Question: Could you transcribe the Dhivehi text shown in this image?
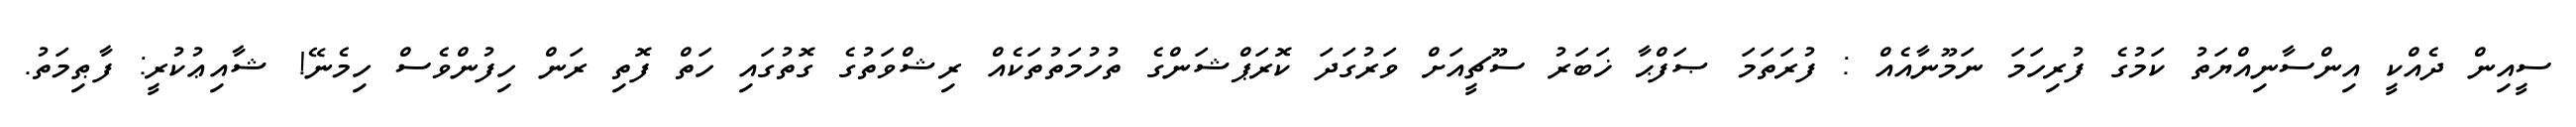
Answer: ސީއިން ދެއްކީ އިންސާނިއްޔަތު ކަމުގެ ފުރިހަމަ ނަމޫނާއެއް : ފުރަތަމަ ޞަފްޙާ ޚަބަރު ސޫޗީއަށް ވަރުގަދަ ކޮރަޕްޝަންގެ ތުހުމަތުތަކެއް ރިޝްވަތުގެ ގޮތުގައި ހަތް ފޮތި ރަން ހިފުންވެސް ހިމެނޭ! ޝާއިޢުކުރީ: ފާޠިމަތު.